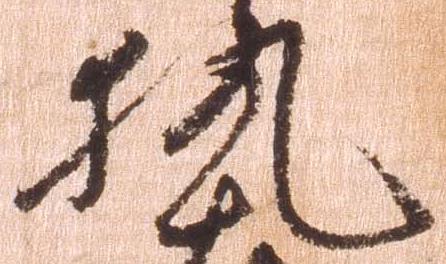
執